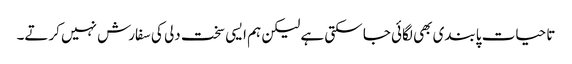
تا حیات پابندی بھی لگائی جا سکتی ہے لیکن ہم ایسی سخت دلی کی سفارش نہیں کرتے۔